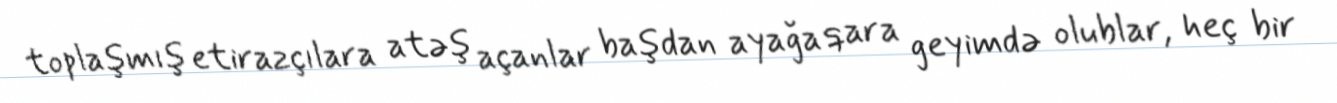
toplaşmış etirazçılara atəş açanlar başdan ayağa qara geyimdə olublar, heç bir